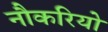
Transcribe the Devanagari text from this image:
नौकरियो